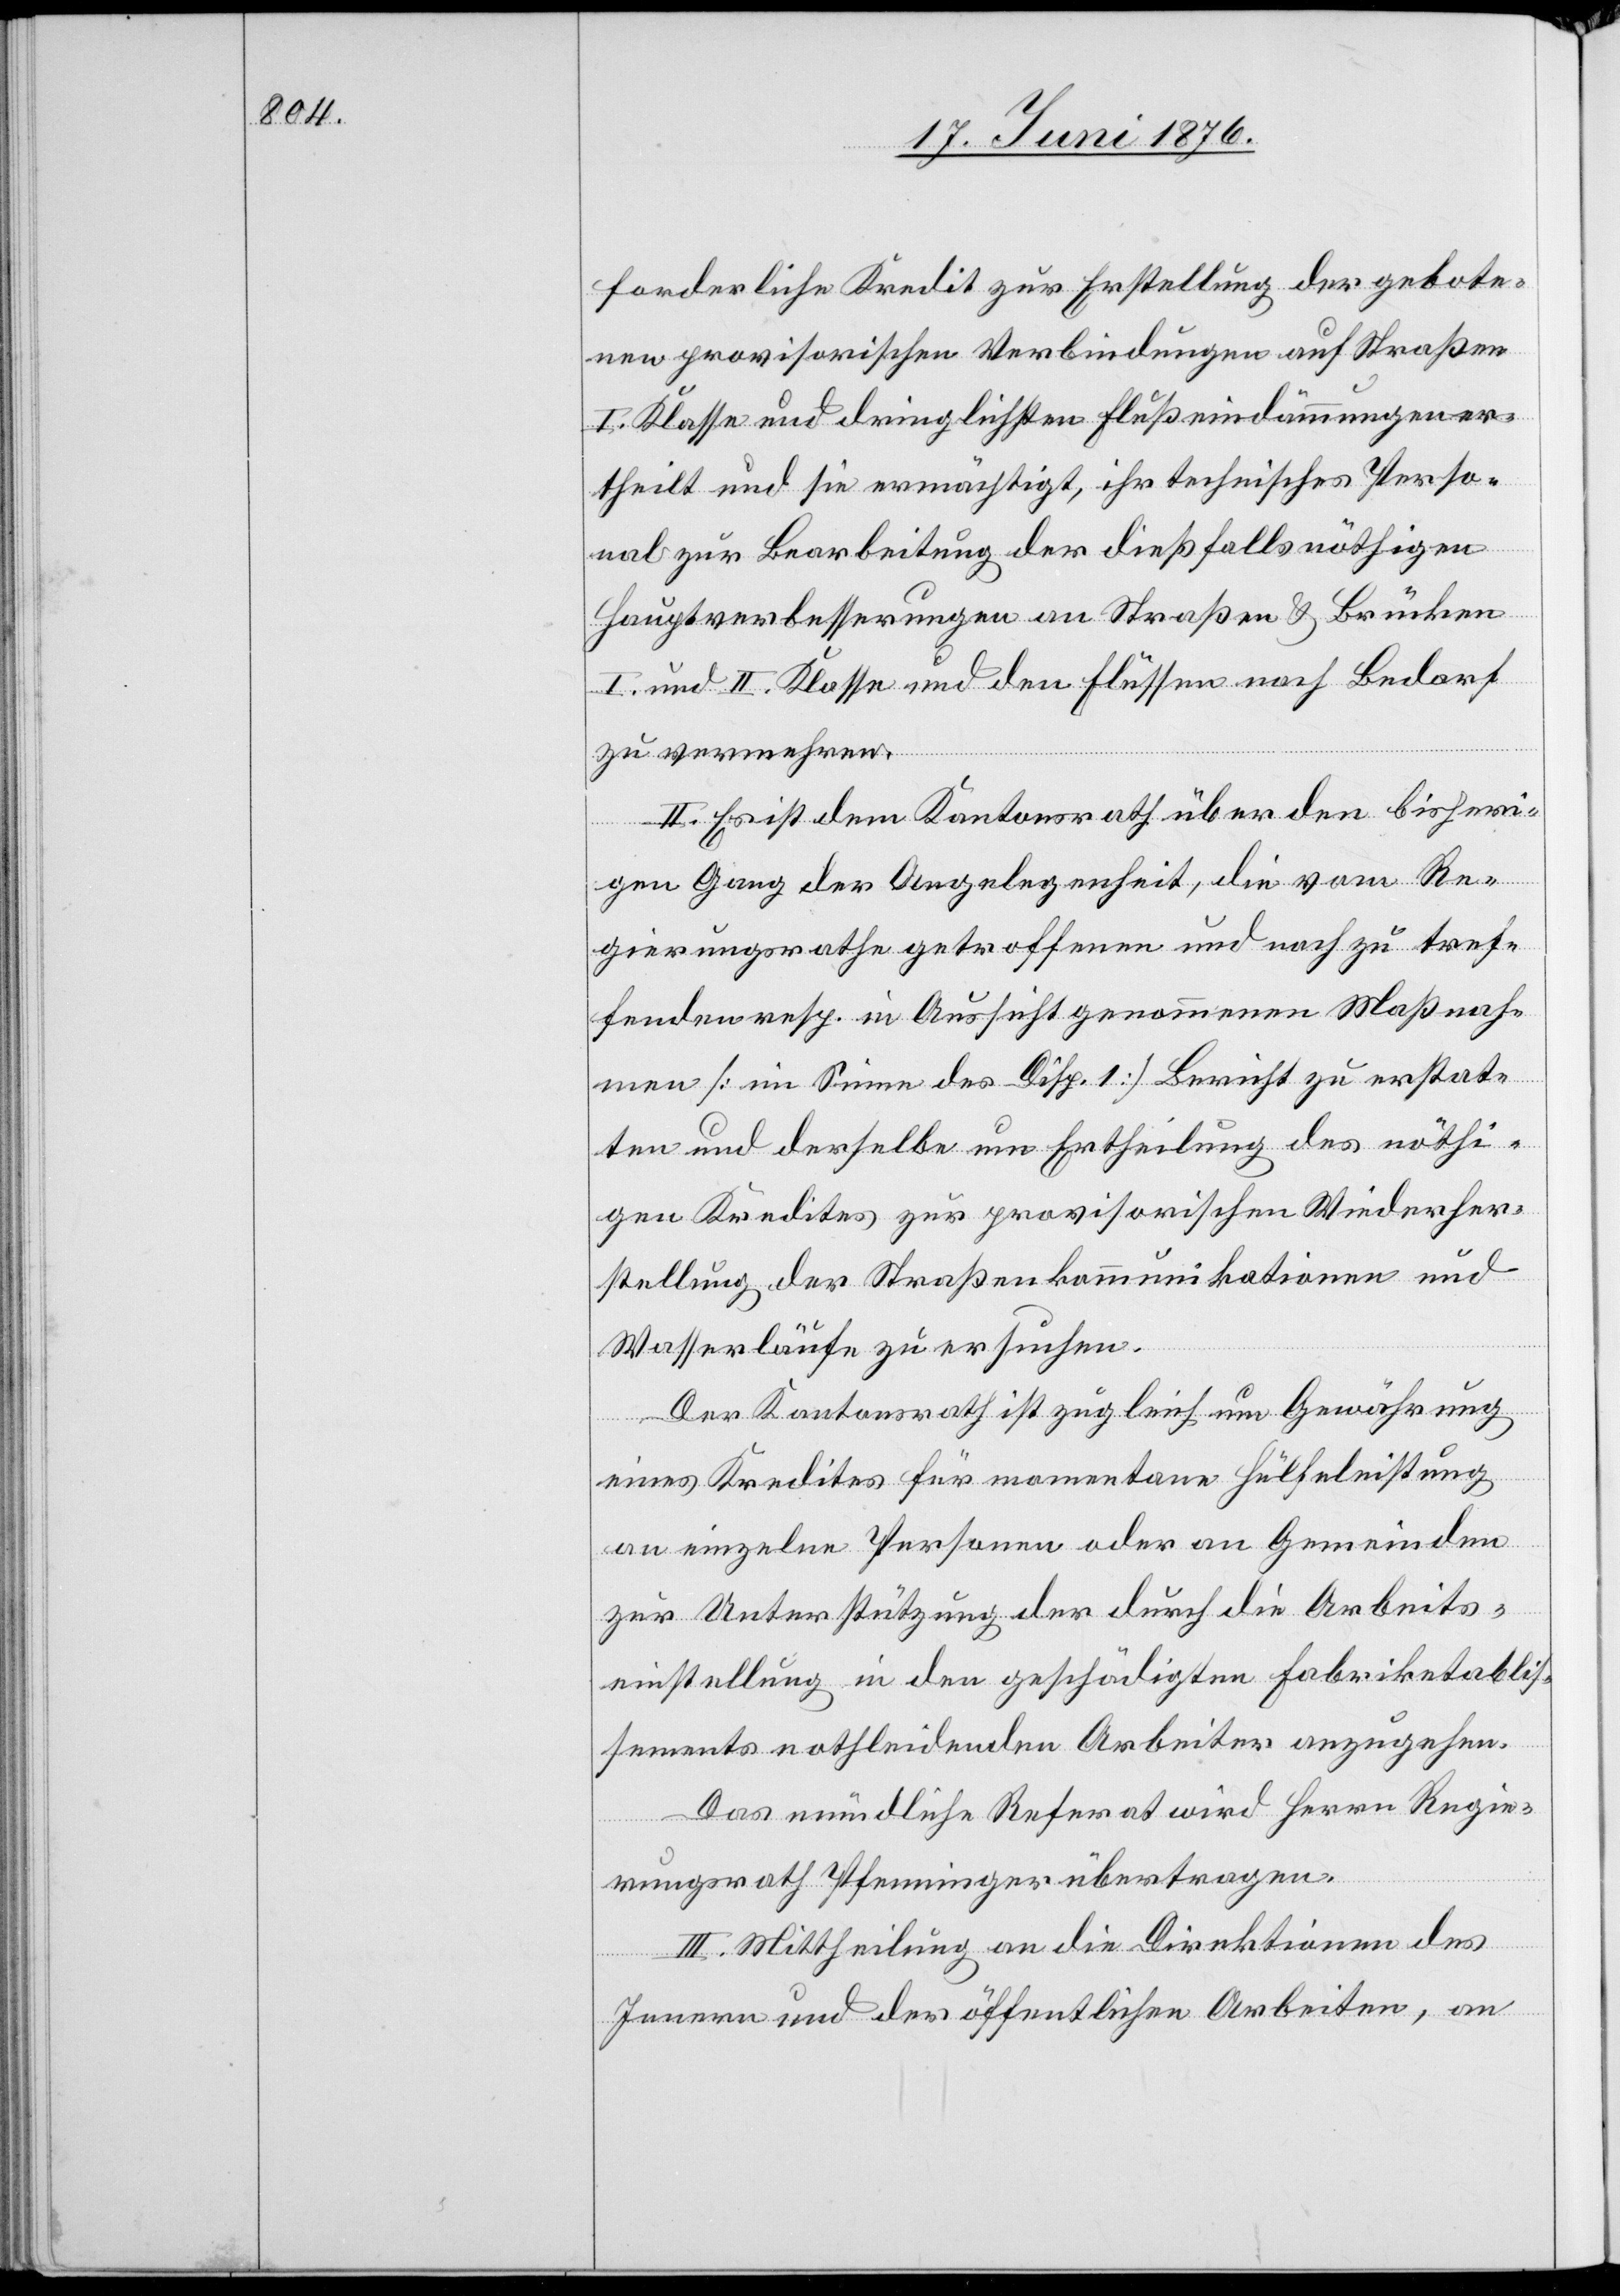
forderliche Kredit zur Erstellung der gebote¬
nen provisorischen Verbindungen auf Straßen
I. Klasse und dringlichsten Flußeindämmungen er¬
theilt und sie ermächtigt, ihr technisches Perso¬
nal zur Bearbeitung der dießfalls nöthigen
Hauptverbesserungen an Straßen & Brücken
I. und II. Klasse und den Flüssen nach Bedarf
zu vermehren.
II. Es ist dem Kantonsrath über den bisheri¬
gen Gang der Angelegenheit, die vom Re¬
gierungsrathe getroffenen und noch zu tref¬
fenden resp. in Aussicht genommenen Maßnah¬
men [im Sinne des Disp. 1] Bericht zu erstat¬
ten und derselbe um Ertheilung des nöthi¬
gen Kredites zur provisorischen Wiederher¬
stellung der Straßenkommunikationen und
Wasserläufe zu ersuchen.
Der Kantonsrath ist zugleich um Gewährung
eines Kredites für momentane Hülfeleistung
an einzelne Personen oder an Gemeinden
zur Unterstützung der durch die Arbeits¬
einstellung in den geschädigten Fabriketablis¬
sements nothleidenden Arbeiter anzugehen.
Das mündliche Referat wird Herrn Regie¬
rungsrath Pfenninger übertragen.
III. Mittheilung an die Direktionen des
Innern und der öffentlichen Arbeiten, an